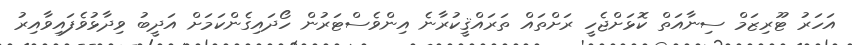
އަހަރު ޓޫރިޒަމް ސިނާއަތް ކޮޅަށްޖެހީ ރަށްތައް ތަރައްޤީކުރާނެ އިންވެސްޓަރުން ހޯދައިގެންކަމަށް އަދީބު ވިދާޅުވެފައިވާއިރު